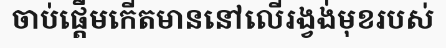
ចាប់ផ្តើមកើតមាននៅលើរង្វង់មុខរបស់